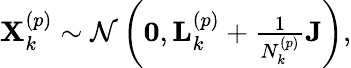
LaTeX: \begin{array}{r}{\mathbf{X}_{k}^{\left(p\right)}\sim\mathcal{N}\left(\mathbf{0},\mathbf{L}_{k}^{\left(p\right)}+\frac{1}{N_{k}^{\left(p\right)}}\mathbf{J}\right),}\end{array}